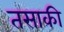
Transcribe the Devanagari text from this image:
तसाकी